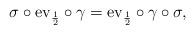
LaTeX: \begin{align*}\sigma\circ \mathrm{ev}_\frac{1}{2} \circ\gamma=\mathrm{ev}_\frac{1}{2} \circ \gamma\circ\sigma,\end{align*}